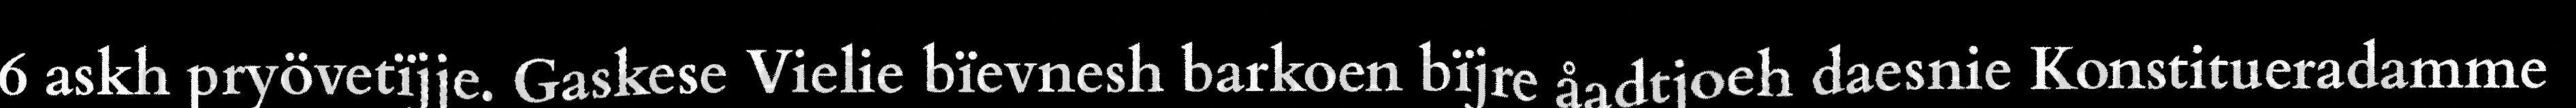
6 askh pryövetïjje. Gaskese Vielie bïevnesh barkoen bïjre åadtjoeh daesnie Konstitueradamme